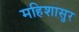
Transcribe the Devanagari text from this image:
महिशासुर